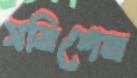
সবিশেষ